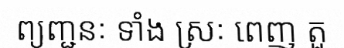
ព្យញ្ជនៈ ទាំង ស្រៈ ពេញ តួ